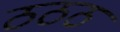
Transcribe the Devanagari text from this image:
ठठठ